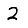
Digit: 2